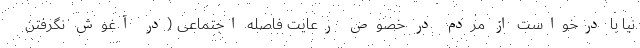
نیا با درخواست از مردم در خصوص رعایت فاصله اجتماعی (در آغوش نگرفتن